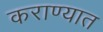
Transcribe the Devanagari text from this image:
कराण्यात